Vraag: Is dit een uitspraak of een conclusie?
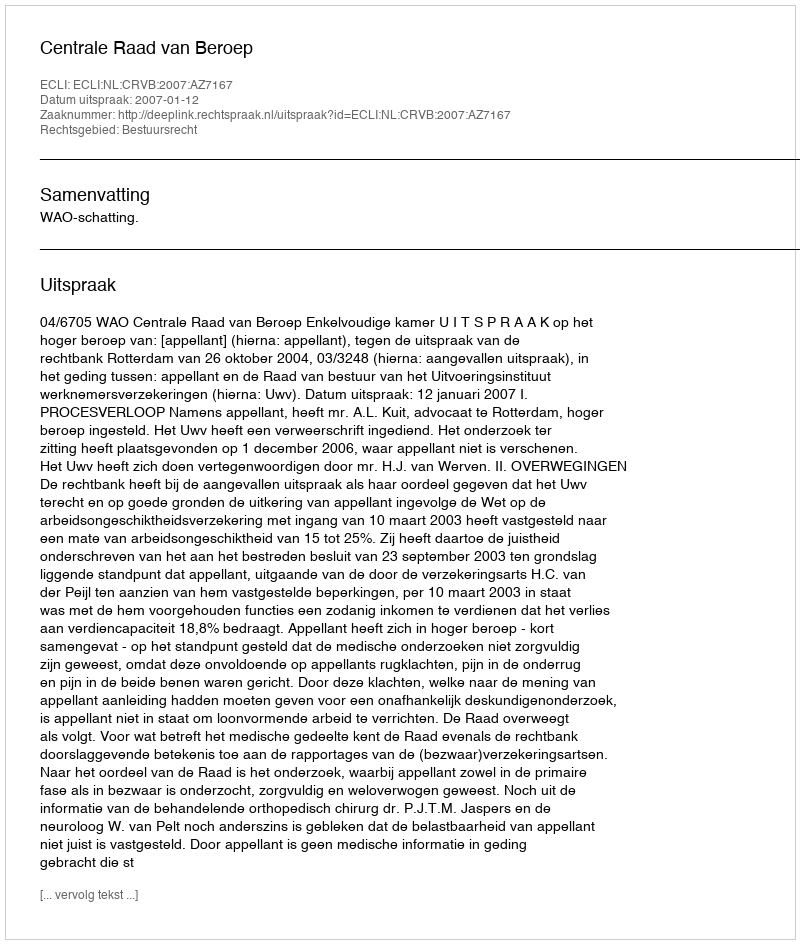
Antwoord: Uitspraak